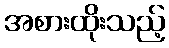
အစားထိုးသည့်